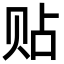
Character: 贴